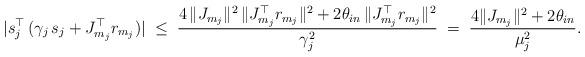
LaTeX: \begin{align*}| s_j^{\top}\,(\gamma_j\,s_j+J_{m_j}^\top r_{m_j}) | \; \leq \;\frac{4\,\|J_{m_j}\|^2\,\|J_{m_j}^\top r_{m_j}\|^2 + 2\theta_{in}\,\|J_{m_j}^\top r_{m_j}\|^2}{\gamma_j^2} \; = \; \frac{4 \|J_{m_j}\|^2+ 2 \theta_{in}}{\mu_j^2}.\end{align*}